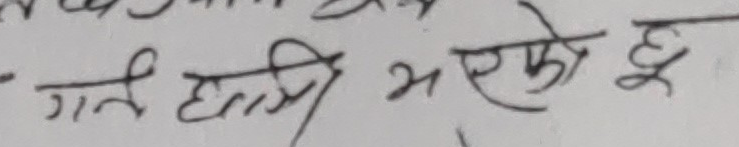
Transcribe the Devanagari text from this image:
गते हानि भएको हू